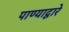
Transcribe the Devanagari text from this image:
पाण्याद्वारे